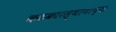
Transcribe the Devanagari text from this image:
कटकारस्थानाच्या